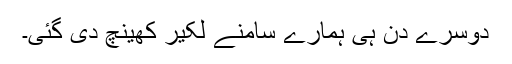
دوسرے دن ہی ہمارے سامنے لکیر کھینچ دی گئی۔